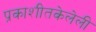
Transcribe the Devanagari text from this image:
प्रकाशीतकेलेली